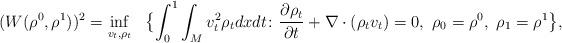
LaTeX: \begin{align*}(W(\rho^0,\rho^1))^2=\inf_{v_t,\rho_t}~~\big\{{\int_0^1\int_{M} v_t^2\rho_t dx dt} \colon \frac{\partial \rho_t}{\partial t}+\nabla\cdot (\rho_tv_t)=0,~\rho_0=\rho^0,~ \rho_1=\rho^1\big\}, \end{align*}